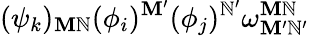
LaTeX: (\psi_{k})_{\mathbf{M}\mathbb{N}}(\phi_{i})^{\mathbf{M}^{\prime}}(\phi_{j})^{\mathbb{N}^{\prime}}\omega_{\mathbf{M}^{\prime}\mathbb{N}^{\prime}}^{\mathbf{M}\mathbb{N}}